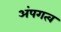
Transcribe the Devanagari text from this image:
अंपगत्व